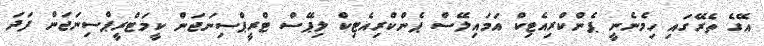
އޭގެ ތެރޭގައި ހިމެނެނީ ޕެންކްރިއެޓިކް އަމައިލޭސް ޕެންކްރިއެޓިކް ލިޕޭސް ޓްރީޕްސިނަޖަން ކީމަޓްރީޕްސިނަޖަން ފަދަ